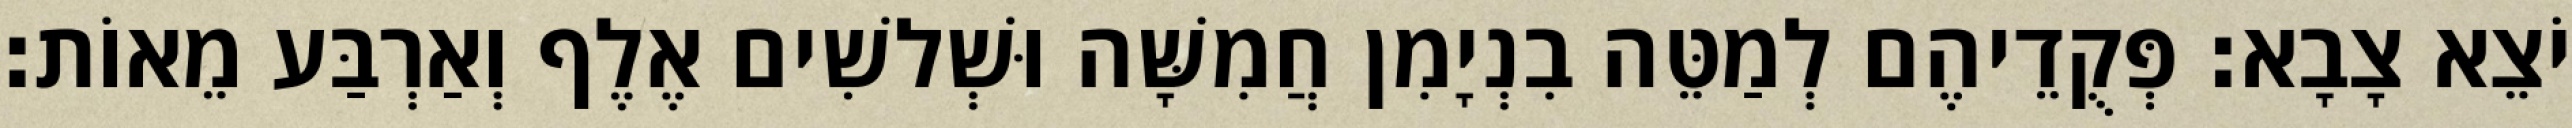
יֹצֵא צָבָא׃ פְּקֻדֵיהֶם לְמַטֵּה בִנְיָמִן חֲמִשָּׁה וּשְׁלשִׁים אֶלֶף וְאַרְבַּע מֵאוֹת׃